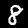
Digit: 8